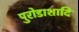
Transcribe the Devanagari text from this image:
पुरोडाशादि